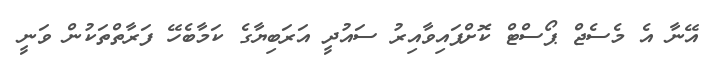
އޭނާ އެ މެސެޖް ޕޯސްޓް ކޮށްފައިވާއިރު ސައުދީ އަރަބިޔާގެ ކަމާބެހޭ ފަރާތްތަކުން ވަނީ